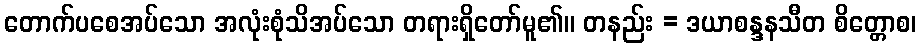
တောက်ပစေအပ်သော အလုံးစုံသိအပ်သော တရားရှိတော်မူ၏။ တနည်း = ဒယာစန္ဒနသီတ စိတ္တောစ၊